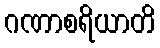
ဂဏာစရိယာတိ